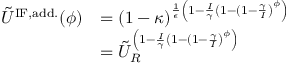
\begin{array} { r l } { \tilde { U } ^ { \mathrm { I F , a d d . } } ( \phi ) } & { = ( 1 - \kappa ) ^ { \frac { 1 } { \epsilon } \left( 1 - \frac { I } { \gamma } \left( 1 - ( 1 - \frac { \gamma } { I } \right) ^ { \phi } \right) } } \\ & { = \tilde { U } _ { R } ^ { \left( 1 - \frac { I } { \gamma } \left( 1 - ( 1 - \frac { \gamma } { I } \right) ^ { \phi } \right) } } \end{array}